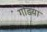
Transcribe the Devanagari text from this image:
गोडया